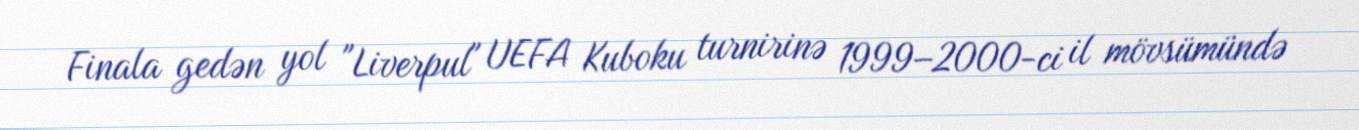
Finala gedən yol "Liverpul" UEFA Kuboku turnirinə 1999–2000-ci il mövsümündə